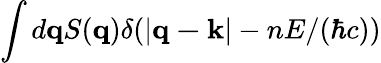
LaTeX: \int d\mathbf{q}S(\mathbf{q})\delta(|\mathbf{q-k}|-nE/(\hbar c))